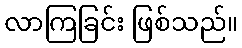
လာကြခြင်း ဖြစ်သည်။